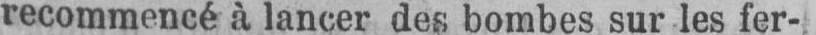
recommencé à lancer des bombes sur les fer-